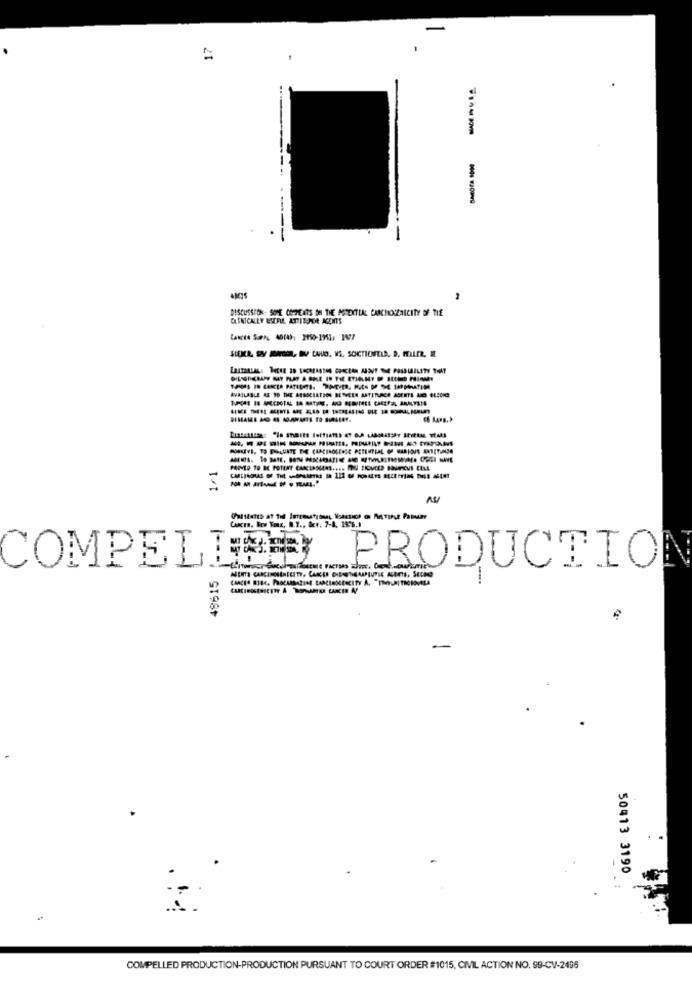
-
17
DISCUSSION: SOME CO-HE ATS DH THE POTENTIAL CARCHONSZAICITY OF THE
CLINICALLY BESERIE ATTITUNOR ACUMIS
SIEMR SY MANGEL, BU CAVO. WS. SOCTIONFELA. S. MLLER, I
AVAILABLE AS TO THE ASSOCIATION BUSHELS ASTITULARCE ASERTI MOI OLI00
HOUVE, TO PRACUINTE DE CARCINOGENIC PETENTEAL OF VARIOUS ARTETUMSO
1/1
------.
AV
CANCER. BEY YORK, N.Y ., Bc .. 7-8, 1996.8
COMPEL EGY
48615
PRODUCTION
50413 3190
COMPELLED PRODUCTION-PRODUCTION PURSUANT TO COURT ORDER #1015, CIVIL ACTION NO. 99-CV-2496